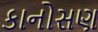
કાનોસણ